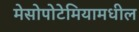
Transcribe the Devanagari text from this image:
मेसोपोटेमियामधील